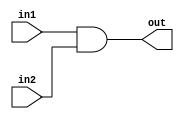
`timescale 1ns / 1ps
//////////////////////////////////////////////////////////////////////////////////
// Company: 
// Engineer: 
// 
// Design Name: 
// Module Name:    AND 
// Project Name: 
// Target Devices: 
// Tool versions: 
// Description: 
//
// Dependencies: 
//
// Revision: 
// Revision 0.01 - File Created
// Additional Comments: 
//
//////////////////////////////////////////////////////////////////////////////////
module AND(in1,in2,out
    );
input in1,in2;
output out;
assign out=in1&in2;

endmodule